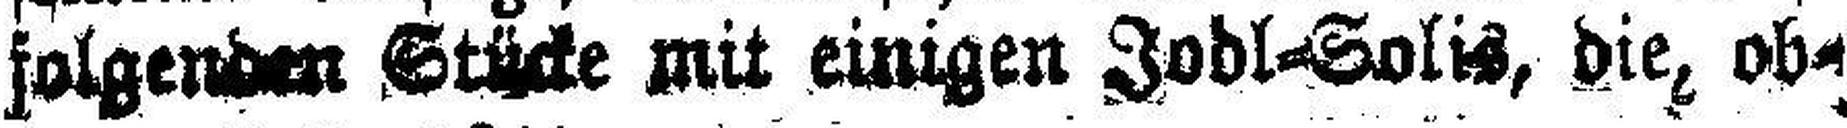
folgenden Stücke mit einigen Jodl=Solis, die ob¬